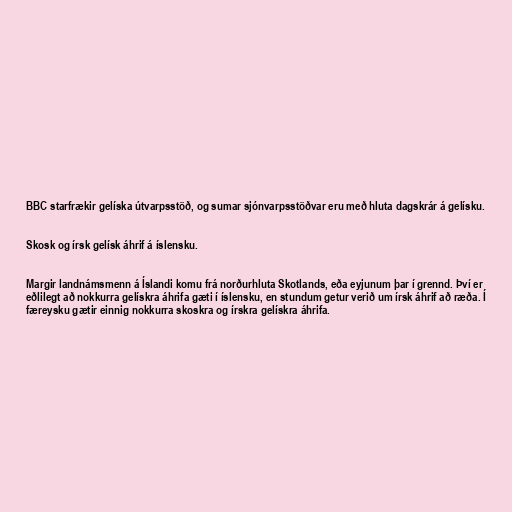
BBC starfrækir gelíska útvarpsstöð, og sumar sjónvarpsstöðvar eru með hluta dagskrár á gelísku.

Skosk og írsk gelísk áhrif á íslensku.

Margir landnámsmenn á Íslandi komu frá norðurhluta Skotlands, eða eyjunum þar í grennd. Því er
eðlilegt að nokkurra gelískra áhrifa gæti í íslensku, en stundum getur verið um írsk áhrif að ræða. Í
færeysku gætir einnig nokkurra skoskra og írskra gelískra áhrifa.